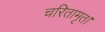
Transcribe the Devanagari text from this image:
चरितामृत।